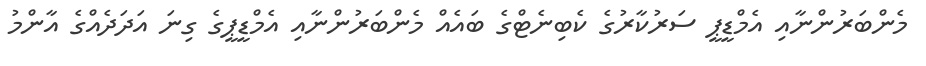
މެންބަރުންނާއި އެމްޑީޕީ ސަރުކާރުގެ ކެބިނެޓްގެ ބައެއް މެންބަރުންނާއި އެމްޑީޕީގެ ގިނަ އަދަދެއްގެ އާންމު